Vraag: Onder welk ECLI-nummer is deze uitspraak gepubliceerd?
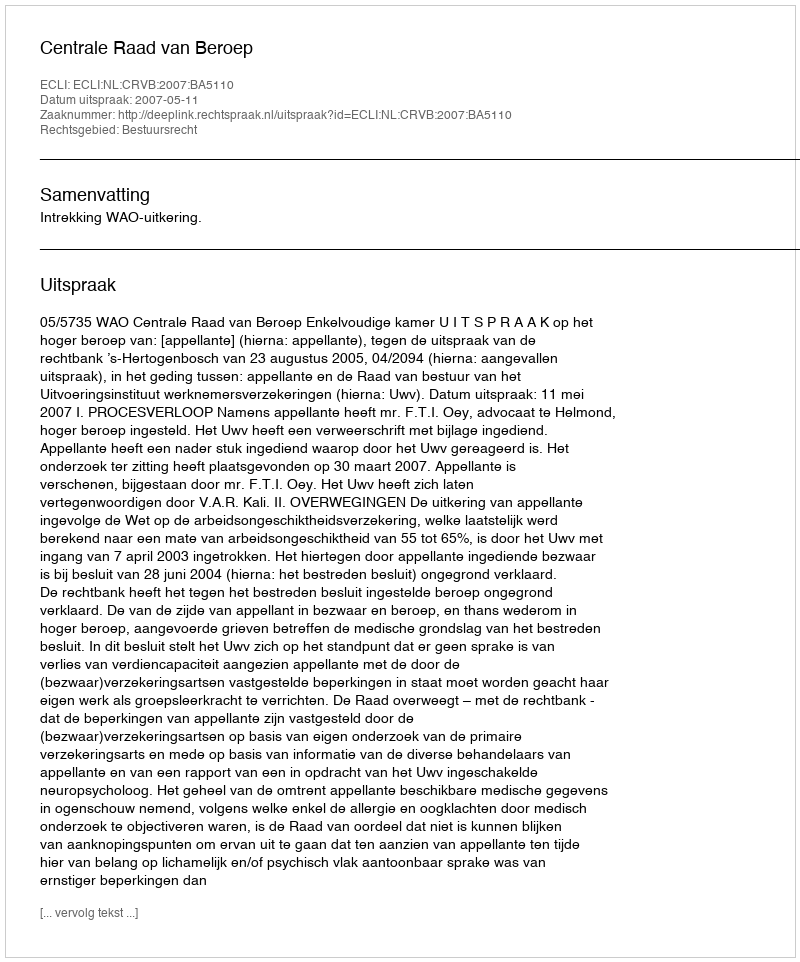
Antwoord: ECLI:NL:CRVB:2007:BA5110